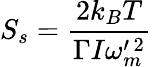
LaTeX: S_{s}=\frac{2k_{B}T}{\Gamma I\omega_{m}^{\prime\, 2}}